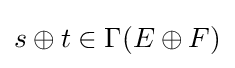
s\oplus t\in \Gamma (E\oplus F)